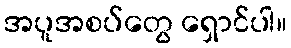
အပူအစပ်တွေ ရှောင်ပါ။